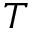
T